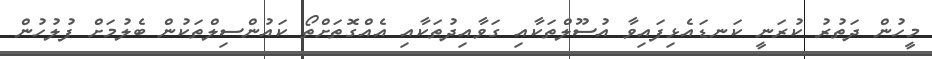
މީހުން ދަތުރު ކުރަނީ ކަނޑައެޅިފައިވާ އުސޫލްތަކާއި ގަވާއިދުތަކާއި އެއްގޮތަށްތޯ ކައުންސިލްތަކުން ބެލުމަށް ފުލުހުން